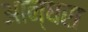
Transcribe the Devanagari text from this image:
आन्धरा